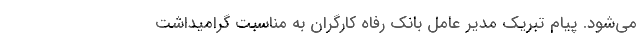
می‌شود. پیام تبریک مدیر عامل بانک رفاه کارگران به مناسبت گرامیداشت